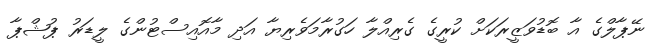
ނޭޕާލްގެ އާ ބޮޑުވަޒީރަކަށް ކުރީގެ ގެރިއްލާ ހަގުރާމަވެރިޔާ އަދި މާއޮއިސްޓުންގެ ލީޑަރު ޕުޝްޕާ